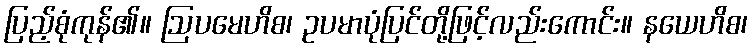
ပြည့်စုံကုန်၏။ ဩပမေဟိစ၊ ဥပမာပုံပြင်တို့ဖြင့်လည်းကောင်း။ နယေဟိစ၊